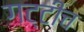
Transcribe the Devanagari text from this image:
गट्टीच